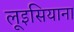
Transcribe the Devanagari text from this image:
लूइसियाना